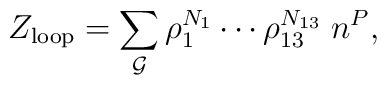
Z_{\rm loop} = \sum_{{\cal G}} \rho_1^{N_1} \cdots \rho_{13}^{N_{13}} \; n^{P},